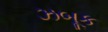
ઝબૂક